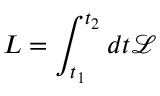
L = \int _ { t _ { 1 } } ^ { t _ { 2 } } d t \mathcal { L }